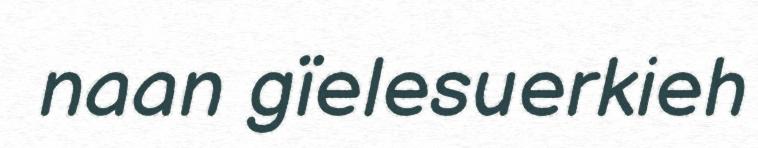
naan gïelesuerkieh